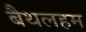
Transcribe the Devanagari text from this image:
बैथलहम